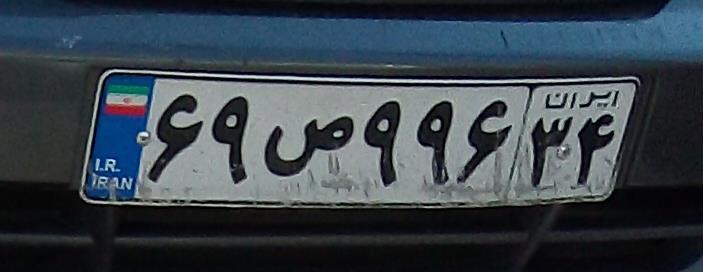
۶۹ص۹۹۶۳۴